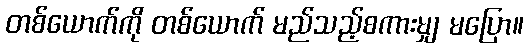
တစ်ယောက်ကို တစ်ယောက် မည်သည့်စကားမျှ မပြော။